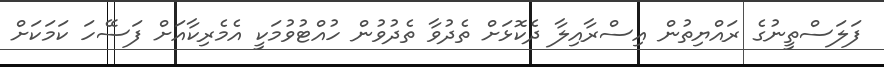
ފަލަސްތީނުގެ ރައްޔިތުން އިސްރާއިލާ ދެކޮޅަށް ތެދުވާ ތެދުވުން ހުއްޓުވުމަކީ އެމެރިކާއަށް ފަސޭހަ ކަމަކަށް